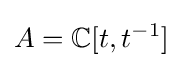
A={\mathbb {C} }[t,t^{-1}]